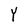
Character: Y